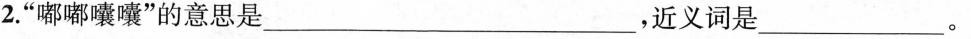
2.”嘟嘟囔囔”的意思是___，近义词是___。